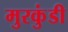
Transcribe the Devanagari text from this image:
मुरकुंडी